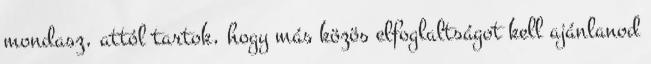
mondasz, attól tartok, hogy más közös elfoglaltságot kell ajánlanod